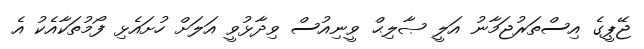
ޖޭޕީގެ އިސްތަރުޖަމާނު އަލީ ޞާލިޙް ވީނިއުސް ވިދާޅުވީ އަލަށް ހުށައެޅި ފޯމުތަކާއެކު އެ